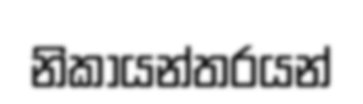
නිකායන්තරයන්